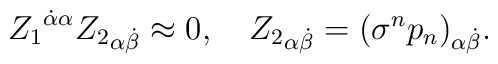
{Z_1}^{\dot\alpha \alpha}{Z_2}_{\alpha\dot\beta}\approx0,\quad{Z_2}_{\alpha\dot\beta}={(\sigma^n p_n)}_{\alpha\dot\beta}.